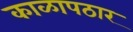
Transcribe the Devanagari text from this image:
काळापठार